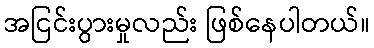
အငြင်းပွားမှုလည်း ဖြစ်နေပါတယ်။